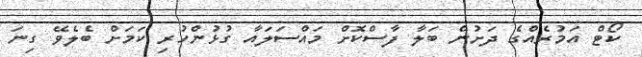
ކޯޓް އަމުރެއްގެ ދަށުން ބަލާ ފާސްކޮށް މައްސަލައާ ގުޅުންހުރި ކަމަށް ބެލެވޭ ގިނަ